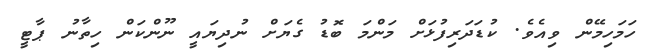
ހަމަހިމޭން ވިއެވެ. ކުޑަދަރިފުޅަށް މަންމަ ބޮޑު ގެޔަށް ނުދިޔައީ ނޫންކަން ހިތާނު ޕާޓީ